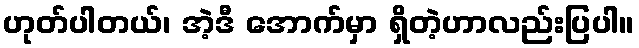
ဟုတ်ပါတယ်၊ အဲ့ဒီ အောက်မှာ ရှိတဲ့ဟာလည်းပြပါ။